Triennial report on the lunatic asylums in the province of Eastern Bengal and Assam - 1903-1911
Year: 1903
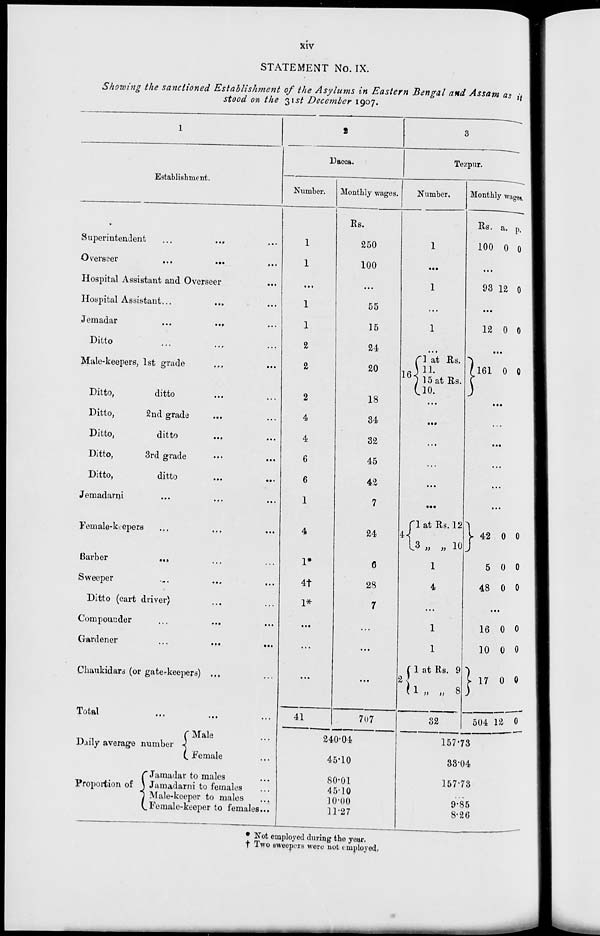
xiv
STATEMENT No. IX.
Showing the sanctioned Establishment of the Asylums in Eastern Bengal and Assam as it
stood on the 31st December 1907.
1
Establishment.
Superintendent ... ... ...
Overseer ... ... ...
Hospital Assistant and Overseer ...
Hospital Assistant ... ... ...
Jemadar
...
... ...
Ditto ... ... ...
Male-keepers, 1st grade ... ...
Ditto,
ditto ... ...
Ditto,
2nd grade ... ...
Ditto,
ditto ... ...
Ditto,
3rd grade ... ...
Ditto,
ditto
...
...
Jemadarni ... ... ...
Female-keepers ... ... ...
Barber ... ... ...
Sweeper ... ... ...
Ditto (cart driver) ... ...
Compounder ... .... ...
Gardener
...
...
...
Chaukidars (or gate-keepers) ... ...
Total
...
... ...
Daily average number
Proportion of
Male ...
Female ...
Jamadar to males ...
Jamadarni to females ...
Male-keeper to males ...
Female-keeper to females...
2
Dacca.
Number.
1
1
...
1
1
2
2
2
4
4
6
6
1
4
1*
4†
1*
...
...
...
41
Monthly wages.
Rs.
250
100
...
55
15
24
20
18
34
32
45
42
7
24
6
28
7
...
...
...
707
240.04
45.10
80.01
45.10
10.00
11.27
3
Tezpur.
Number.
1
...
1
...
1
...
16
1 at Rs.
11. 15 at Rs.
10.
...
...
...
...
...
...
4
1 at Rs. 12
3 „ „ 10
1
4
...
1
1
2
1 at Rs. 9
1 „ „ 8
32
Monthly wages.
Rs.
100
a.
0
p.
0
...
93 12 0
...
12 0 0
...
161 0 0
...
...
...
...
...
...
42
5
48
0
0
0
0
0
0
...
16
10
17
504
0
0
0
12
0
0
0
0
157.73
33.04
157.73
...
9.85
8.26
* Not employed during the year.
† Two sweepers were not employed.